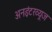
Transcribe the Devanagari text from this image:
अनइंटरव्यूज